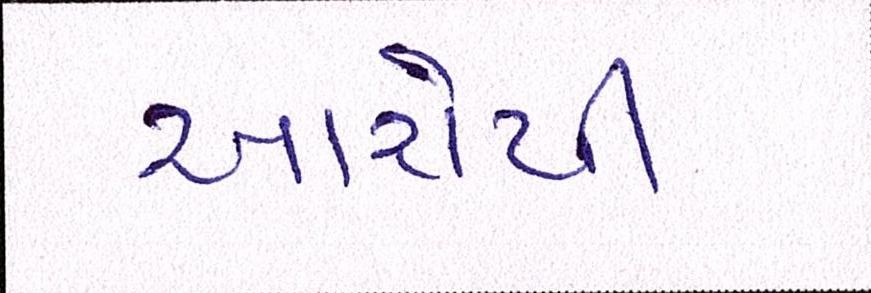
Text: આરોપી